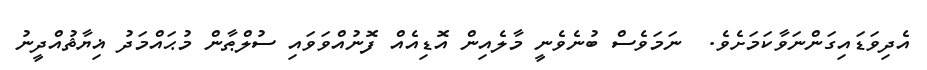
އެދިވަޑައިގަންނަވާކަމަށެވެ.  ނަމަވެސް ބުނެވެނީ މާލެއިން އޮޑިއެއް ފޮނުއްވަވައި ސުލްޠާން މުޙައްމަދު ޣިޔާޘުއްދީނު